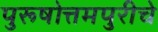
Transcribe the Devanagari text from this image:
पुरूषोत्तमपुरीचे